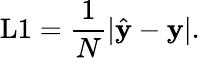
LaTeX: \textrm{L1}=\frac{1}{N}|\hat{\textbf{y}}-\textbf{y}|.